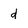
Character: d